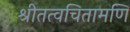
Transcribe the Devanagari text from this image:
श्रीतत्वचितामणि